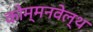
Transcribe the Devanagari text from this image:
कोम्मनवेल्थ